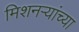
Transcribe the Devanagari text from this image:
मिशनऱ्यांच्या